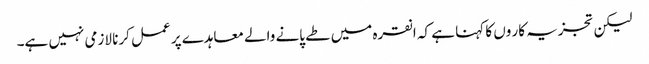
لیکن تجزیہ کار وں کا کہنا ہے کہ انقرہ میں طے پانے والے معاہدے پر عمل کرنا لازمی نہیں ہے۔